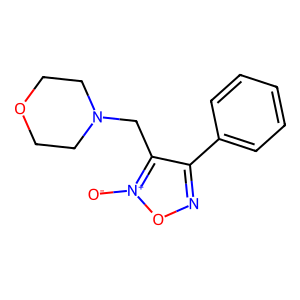
SMILES: [O-][n+]1onc(-c2ccccc2)c1CN1CCOCC1
Inhibits HIV replication: No